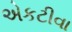
એકટીવા